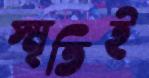
স্মৃতিই